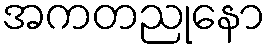
အကတညုနော